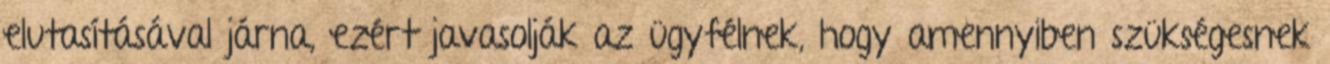
elutasításával járna, ezért javasolják az ügyfélnek, hogy amennyiben szükségesnek